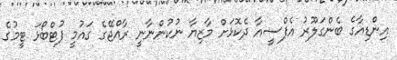
އިންޑިއާގެ ބެންގަލޫރު އެފްސީއާ ދެކޮޅަށް މާޒިޔާ ނުކުންނާނީ ރާއްޖޭގެ ގައުމީ ފުޓްބޯޅަ ޓީމުގެ